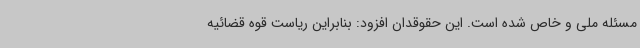
مسئله ملی و خاص شده است. این حقوقدان افزود: بنابراین ریاست قوه قضائیه